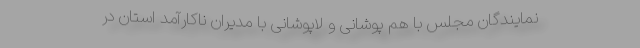
نمایندگان مجلس با هم پوشانی و لاپوشانی با مدیران ناکارآمد استان در